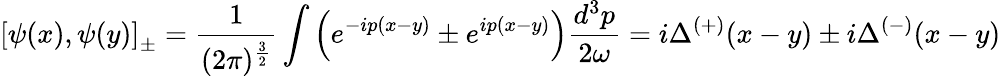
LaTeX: \left[\psi(x),\psi(y)\right]_{\pm}=\frac{1}{(2\pi)^{\frac{3}{2}}}\int\left(e^{-ip(x-y)}\pm e^{ip(x-y)}\right)\frac{d^{3}p}{2\omega}=i\Delta^{\left(+\right)}(x-y)\pm i\Delta^{\left(-\right)}(x-y)